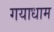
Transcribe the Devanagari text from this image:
गयाधाम